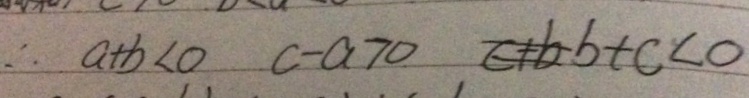
\therefore a + b < 0 c - a > 0 c + b b + c < 0